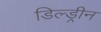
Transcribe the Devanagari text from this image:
डिल्ड्रीन